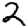
Digit: 2